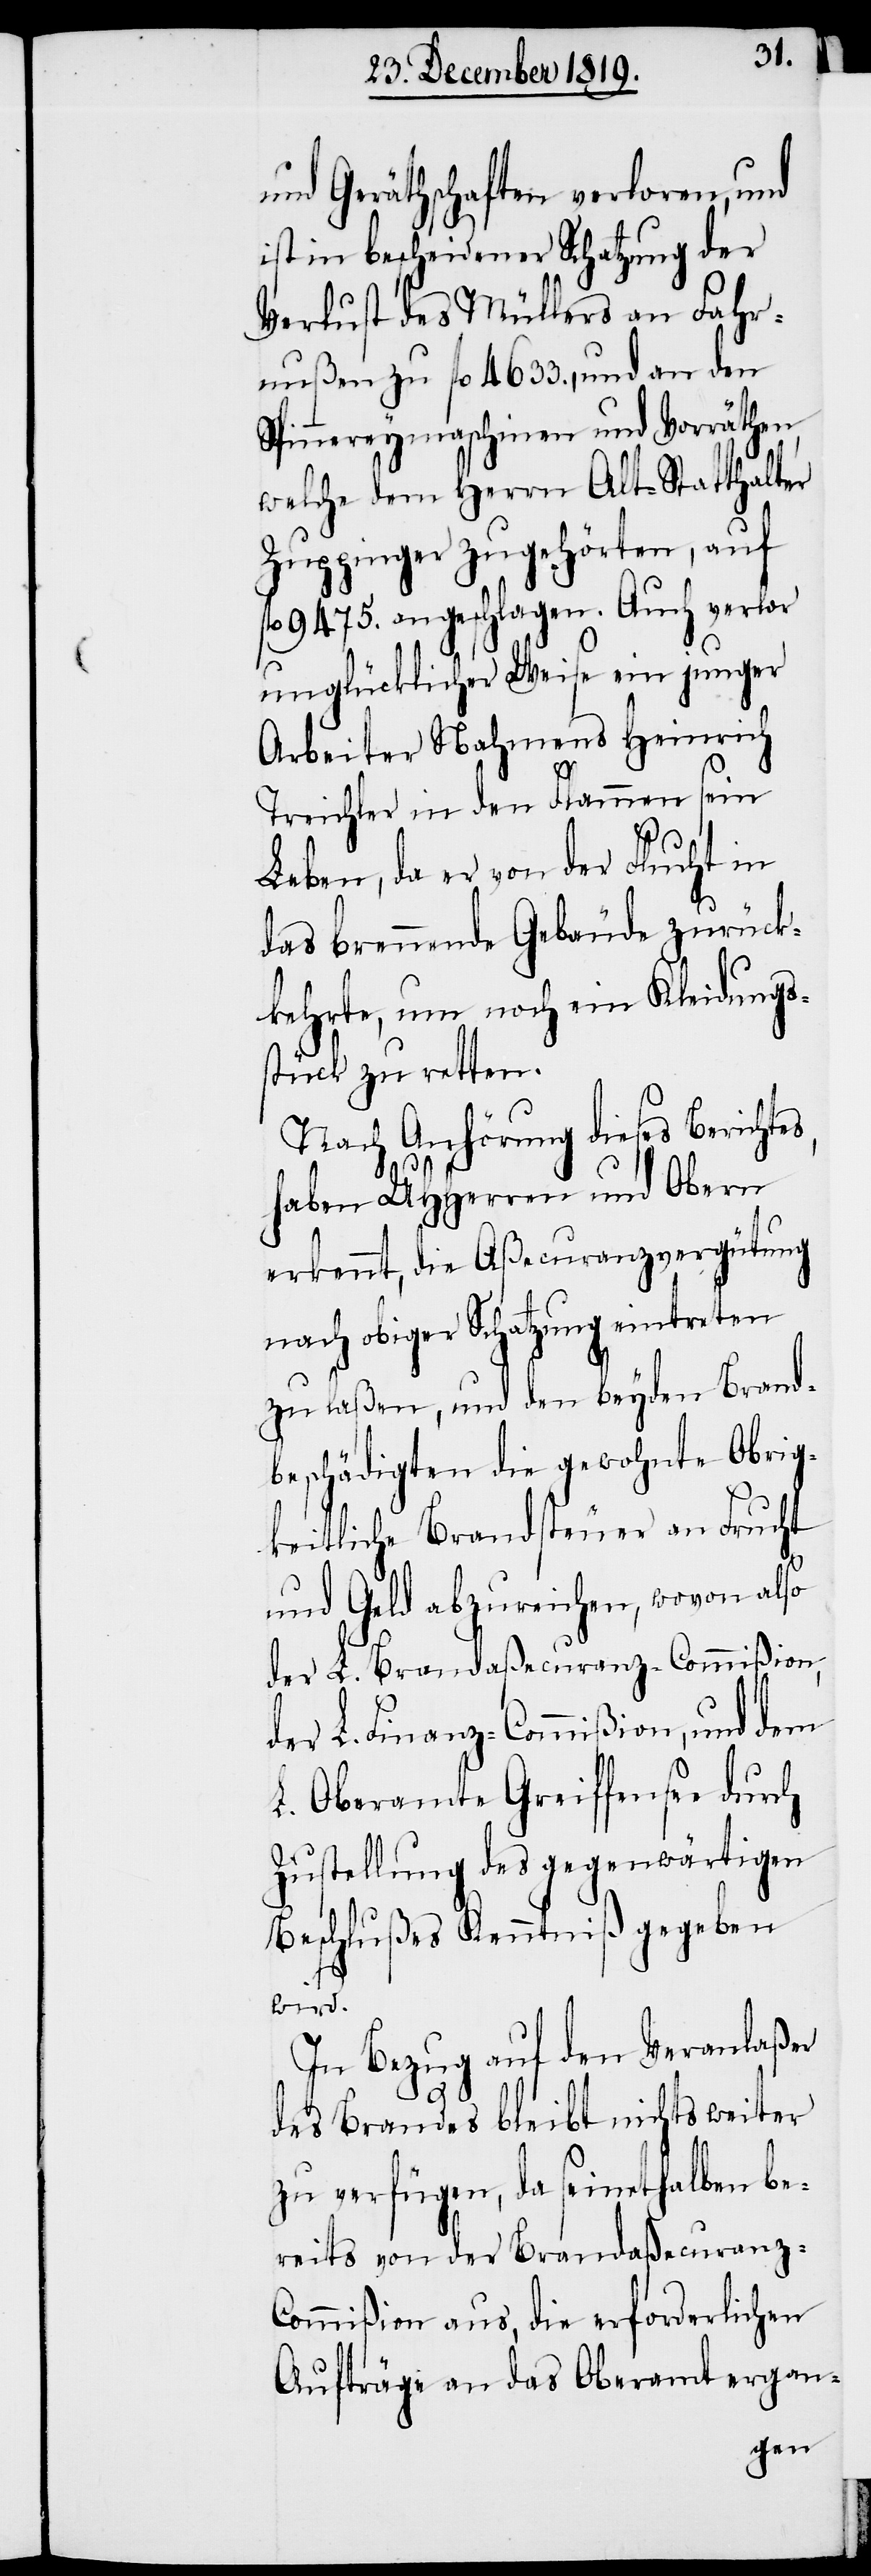
und Geräthschaften verloren, und
ist in bescheidener Schatzung der
Verlust des Müllers an Fahr¬
nußen zu fl. 4633., und an den
Spinnereymaschinen und Vorräthen
welche dem Herrn Alt-Statthalter
Zuppinger zugehörten, auf
fl. 9475. angeschlagen. Auch verlor
unglücklicher Weise ein junger
Arbeiter Nahmens Heinrich
Treichler in den Flammen sein
Leben, da er von der Flucht in
das brennende Gebäude zurück¬
kehrte, um noch ein Kleidungs¬
stück zu retten.
Nach Anhörung dieses Berichtes,
haben UHHerren und Obern
erkennt, die Aßecuranzvergütung
nach obiger Schatzung eintreten
zu laßen, und den beyden Brand¬
beschädigten die gewohnte Obrig¬
keitliche Brandsteuer an Frucht
und Geld abzureichen, wovon also
der L. Brandaßecuranz-Commißion
der L. Finanz-Commißion, und dem
L. Oberamte Greiffensee durch
Zustellung des gegenwärtigen
Beschlußes Kenntniß gegeben
wird.
In Bezug auf den Veranlaßer
des Brandes bleibt nichts weiter
zu verfügen, da seinethalben be¬
reits von der Brandaßecuranz-C¬
ommißion aus, die erforderlichen
Aufträge an das Oberamt ergan-